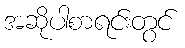
အဆိုပါစာရင်းတွင်